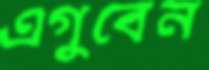
এগুবেন